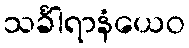
သင်္ခါရာနံယေဝ